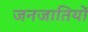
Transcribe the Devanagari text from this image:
जनजातियाें